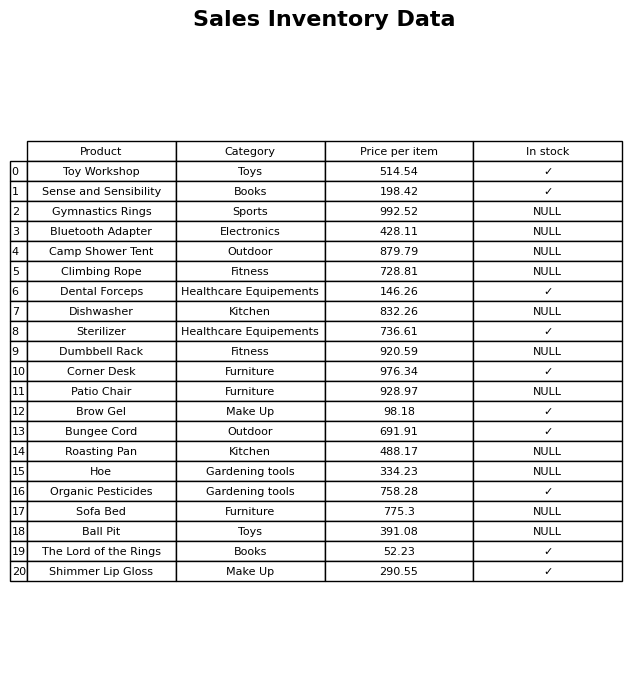
question: What is the price of the Dental Forceps?
answer: The price of Dental Forceps is 146.26.